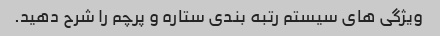
ویژگی های سیستم رتبه بندی ستاره و پرچم را شرح دهید.